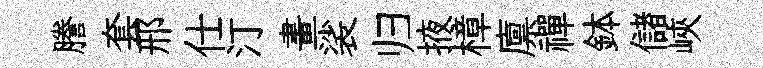
謄套邢仕汀畫裟归掖樟廪禪鉢儲峽